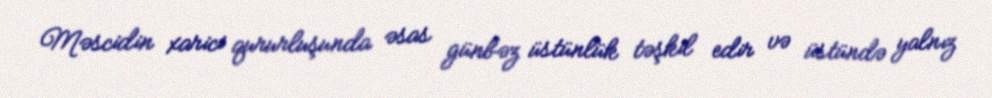
Məscidin xarici qururluşunda əsas günbəz üstünlük təşkil edir və üstündə yalnız